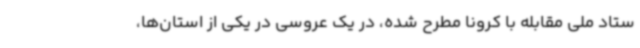
ستاد ملی مقابله با کرونا مطرح شده، در یک عروسی در یکی از استان‌ها،